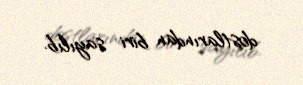
dostlarından biri sayılıb.